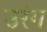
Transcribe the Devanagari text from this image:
उरंग